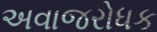
અવાજરોધક